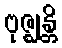
ဗုဇ္ဈန္တိ